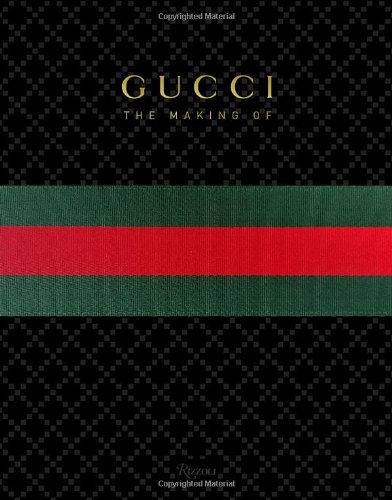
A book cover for GUCCI: The Making Of; Arts & Photography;